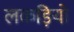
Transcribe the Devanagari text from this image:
लकड़ियो